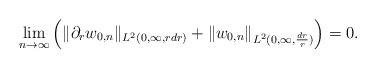
\begin{align*}\lim_{n\to\infty}\left(\|\partial_rw_{0,n}\|_{L^2(0,\infty,rdr)}+\|w_{0,n}\|_{L^2(0,\infty,\frac{dr}{r})}\right)=0.\end{align*}